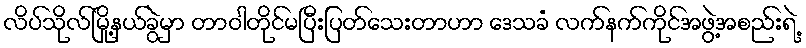
လိပ်သိုလ်မြို့နယ်ခွဲမှာ တာဝါတိုင်မပြီးပြတ်သေးတာဟာ ဒေသခံ လက်နက်ကိုင်အဖွဲ့အစည်းရဲ့